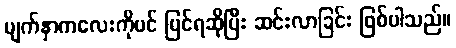
မျက်နှာကလေးကိုပင် မြင်ရဆိုပြီး ဆင်းလာခြင်း ဖြစ်ပါသည်။